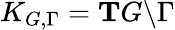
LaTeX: K_{G,\Gamma}=\mathrm{\mathbf T}G\backslash\Gamma